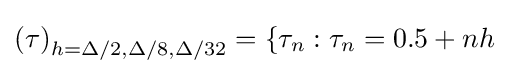
\left(\tau \right)_{h=\Delta /2,\Delta /8,\Delta /32}=\{\tau _{n}:\tau _{n}=0.5+nh